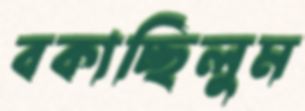
বকাচ্ছিলুম